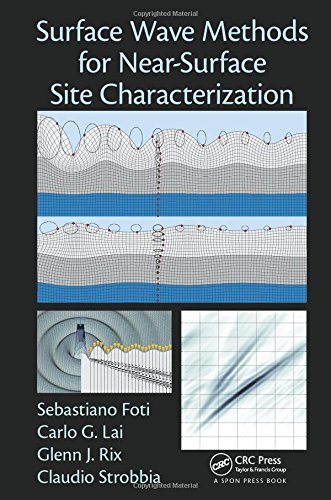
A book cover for Surface Wave Methods for Near-Surface Site Characterization; Sebastiano Foti; Science & Math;